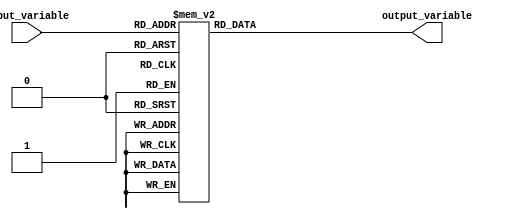
module case_generator (
    input [2:0] input_variable,
    output reg [3:0] output_variable
    );
    
    always @* begin
        case(input_variable)
            3'b000: output_variable = 4'b0000;
            3'b001: output_variable = 4'b0001;
            3'b010: output_variable = 4'b0010;
            3'b011: output_variable = 4'b0011;
            3'b100: output_variable = 4'b0100;
            3'b101: output_variable = 4'b0101;
            3'b110: output_variable = 4'b0110;
            3'b111: output_variable = 4'b0111;
            default: output_variable = 4'b1111;
        endcase
    end

endmodule